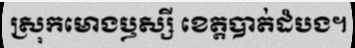
ស្រុកមោងឫស្សី ខេត្តបាត់ដំបង។